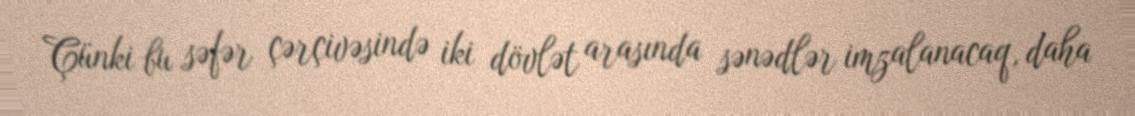
Çünki bu səfər çərçivəsində iki dövlət arasında sənədlər imzalanacaq, daha